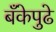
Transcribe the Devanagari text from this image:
बँकेपुढे